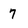
Character: 7